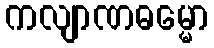
ကလျာဏဓမ္မော